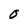
Character: O